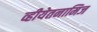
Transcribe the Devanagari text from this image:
व्हीयेतनामिज